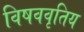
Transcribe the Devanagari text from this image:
विषववृतिय